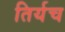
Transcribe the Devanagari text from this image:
तिर्यच